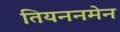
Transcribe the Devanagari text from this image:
तियननमेन